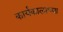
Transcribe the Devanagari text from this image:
कार्यकालाच्या